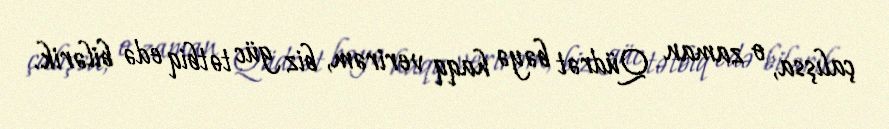
çalışsa, o zaman Qüdrət bəyə haqq verirəm, biz güc tətbiq edə bilərik.